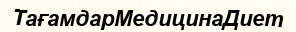
ТағамдарМедицинаДиет